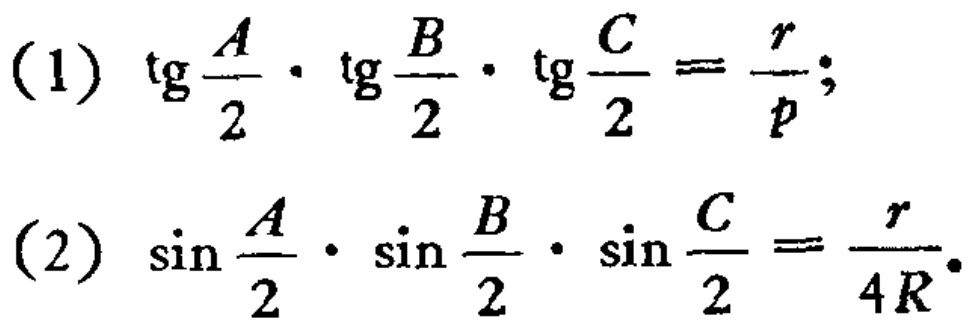
(1) \(\tg\frac{A}{2}\cdot\tg\frac{B}{2}\cdot\tg\frac{C}{2}=\frac{r}{p}\);
(2) \(\sin\frac{A}{2}\cdot\sin\frac{B}{2}\cdot\sin\frac{C}{2}=\frac{r}{4R}\).